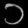
Digit: ၁